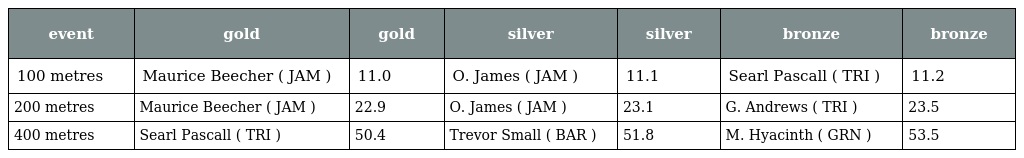
| event | gold | gold | silver | silver | bronze | bronze |
 | --- | --- | --- | --- | --- | --- | --- |
 | 100 metres | Maurice Beecher ( JAM ) | 11.0 | O. James ( JAM ) | 11.1 | Searl Pascall ( TRI ) | 11.2 |
 | 200 metres | Maurice Beecher ( JAM ) | 22.9 | O. James ( JAM ) | 23.1 | G. Andrews ( TRI ) | 23.5 |
 | 400 metres | Searl Pascall ( TRI ) | 50.4 | Trevor Small ( BAR ) | 51.8 | M. Hyacinth ( GRN ) | 53.5 |